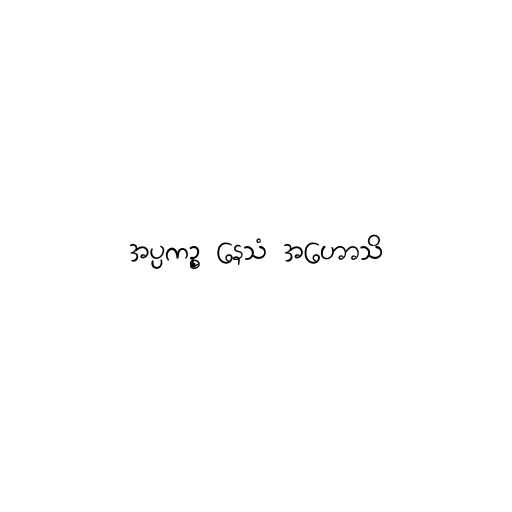
အပ္ပကဉ္စ နေသံ အဟောသိ